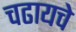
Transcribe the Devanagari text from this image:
चढायचे